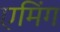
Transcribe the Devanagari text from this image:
एमिंग